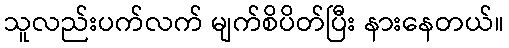
သူလည်းပက်လက် မျက်စိပိတ်ပြီး နားနေတယ်။